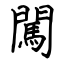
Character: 闖